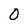
Character: O